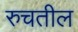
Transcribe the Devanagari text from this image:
रुचतील